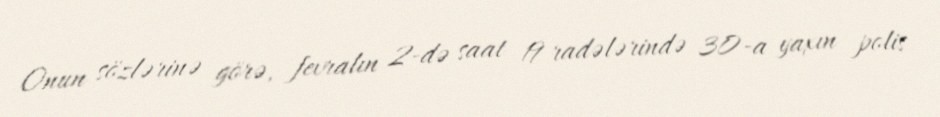
Onun sözlərinə görə, fevralın 2-də saat 19 radələrində 30-a yaxın polis